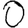
Digit: 0